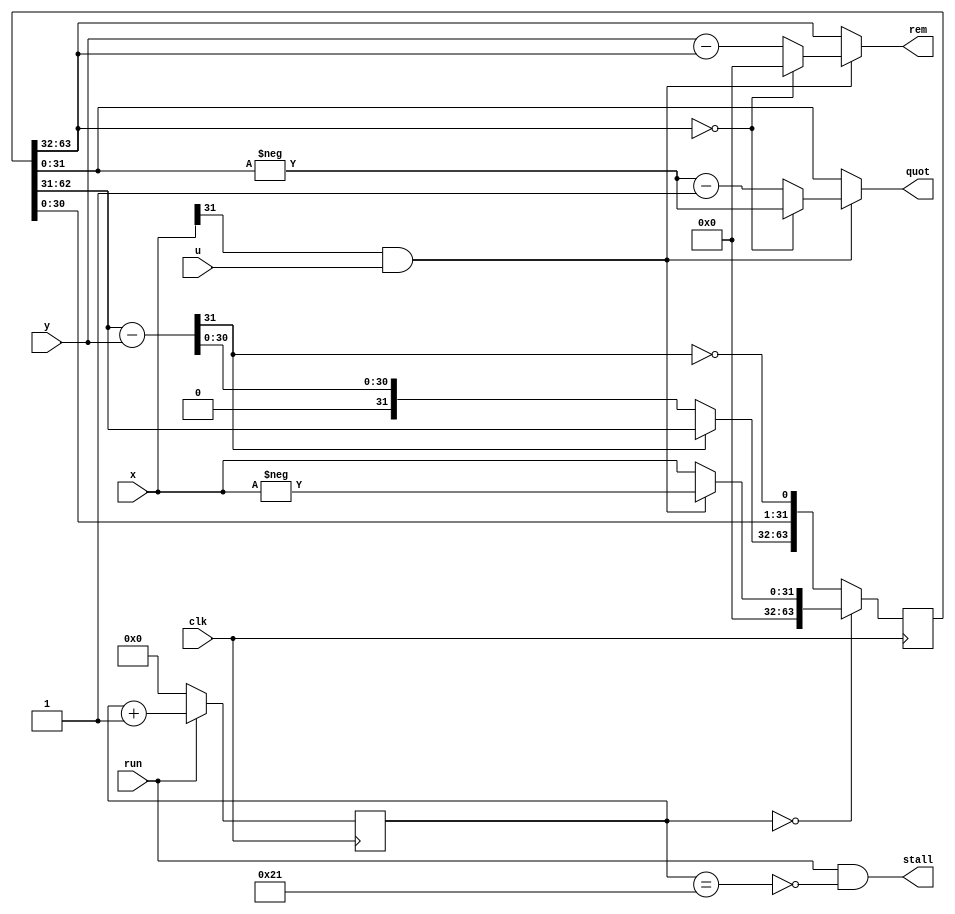
`timescale 1ns / 1ps  // NW 20.9.2015

module Divider(
  input clk, run, u,
  output stall,
  input [31:0] x, y,  // y > 0
  output [31:0] quot, rem);

reg [5:0] S;  // state
reg [63:0] RQ;
wire sign;
wire [31:0] x0, w0, w1;

assign stall = run & ~(S == 33);
assign sign = x[31] & u;
assign x0 = sign ? -x : x;
assign w0 = RQ[62: 31];
assign w1 = w0 - y;
assign quot = ~sign ? RQ[31:0] :
  (RQ[63:32] == 0) ? -RQ[31:0] : -RQ[31:0] - 1;
assign rem = ~sign ? RQ[63:32] :
  (RQ[63:32] == 0) ? 0 : y - RQ[63:32];

always @ (posedge(clk)) begin
  RQ <= (S == 0) ? {32'b0, x0} : {(w1[31] ? w0 : w1), RQ[30:0], ~w1[31]};
  S <= run ? S+1 : 0;
end
endmodule